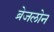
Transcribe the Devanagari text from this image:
ब्रेजलोन